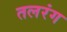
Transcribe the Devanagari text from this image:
तलरंग